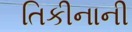
તિકીનાની